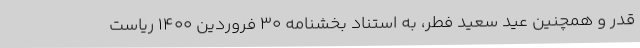
قدر و همچنین عید سعید فطر، به استناد بخشنامه ۳۰ فروردین ۱۴۰۰ ریاست